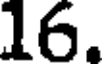
16.